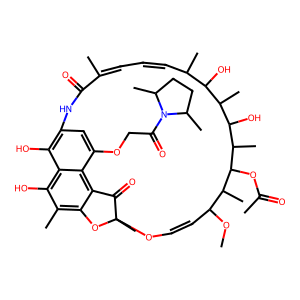
SMILES: COC1C=COC2(C)Oc3c(C)c(O)c4c(O)c(cc(OCC(=O)N5C(C)CCC5C)c4c3C2=O)NC(=O)C(C)=CC=CC(C)C(O)C(C)C(O)C(C)C(OC(C)=O)C1C
Inhibits HIV replication: No